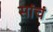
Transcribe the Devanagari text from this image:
सांचं